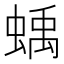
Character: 蝺